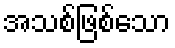
အသစ်ဖြစ်သော